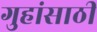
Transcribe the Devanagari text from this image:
गुहांसाठी